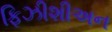
ફિઝીશીઅન